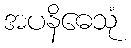
အပနိဓေသုံ